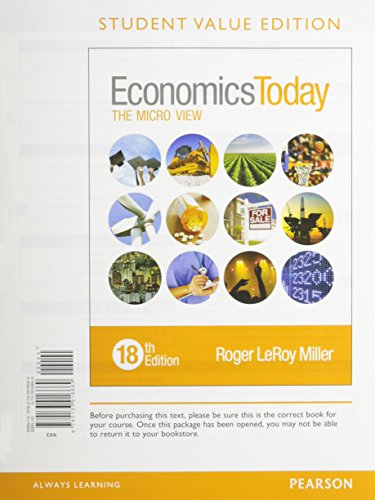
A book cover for Economics Today: The Micro View, Student Value Edition Plus MyEconLab with Pearson eText -- Access Card Package (18th Edition); Roger LeRoy Miller; Business & Money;